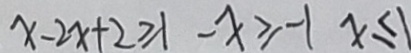
x - 2 x + 2 \geq 1 - x \geq - 1 - x \leq 1